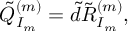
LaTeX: \tilde { Q } _ { I _ { m } } ^ { ( m ) } = \tilde { d } \tilde { R } _ { I _ { m } } ^ { ( m ) } ,